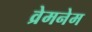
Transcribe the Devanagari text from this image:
व्रेमनेम